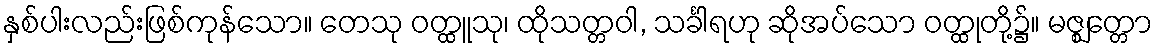
နှစ်ပါးလည်းဖြစ်ကုန်သော။ တေသု ဝတ္ထူသု၊ ထိုသတ္တဝါ, သင်္ခါရဟု ဆိုအပ်သော ဝတ္ထုတို့၌။ မဇ္ဈတ္တော